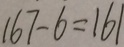
1 6 7 - 6 = 1 6 1